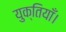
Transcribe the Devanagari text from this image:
युक्तियाँ।